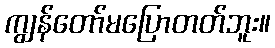
ကျွန်တော်မပြောတတ်ဘူး။